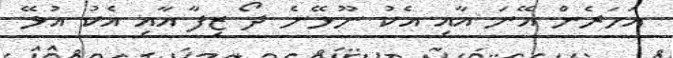
އަހަރެން އޭނަ އާއި އެކު ނޫޅޭނެ ދޯ ޒިފާ އާއި އެކު އުޅޭ